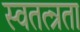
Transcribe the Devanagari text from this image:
स्वतत्न्रता